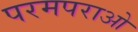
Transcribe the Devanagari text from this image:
परमपराओ